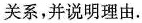
关系，并说明理由.